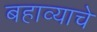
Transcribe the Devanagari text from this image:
बहाव्याचे